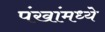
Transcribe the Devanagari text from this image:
पंखांमध्ये